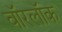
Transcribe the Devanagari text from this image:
वॉरलॉक